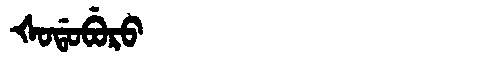
Manchu: ᡧᠣᡩᠣᠪᡠᡵᠣ
Romanization: ŠODOBURO